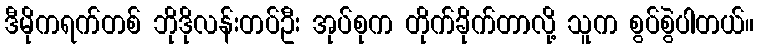
ဒီမိုကရက်တစ် ဘိုဒိုလန်းတပ်ဦး အုပ်စုက တိုက်ခိုက်တာလို့ သူက စွပ်စွဲပါတယ်။